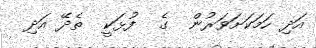
އަދި ހަމަކަށަވަރުން  ގެ  ފުޅަކީ  ތެދޭ އަދި